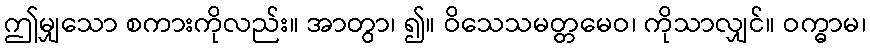
ဤမျှသော စကားကိုလည်း။ အာတွာ၊ ၍။ ဝိသေသမတ္တမေဝ၊ ကိုသာလျှင်။ ဝက္ဓာမ၊